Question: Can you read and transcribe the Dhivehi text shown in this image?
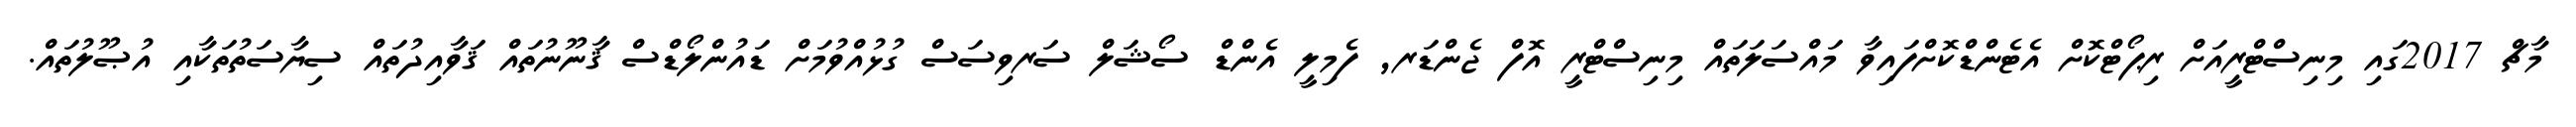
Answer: މާޗް 2017ގައި މިނިސްޓްރީއަށް ރިޕޯޓްކޮށް އެޓެންޑްކޮށްފައިވާ މައްސަލަތައް މިނިސްޓްރީ އޮފް ޖެންޑަރ, ފެމިލީ އެންޑް ސޯޝަލް ސަރވިސަސް ގުޅުއްވުމަށް ޑައުންލޯޑްސް ޤާނޫނުތައް ޤަވާއިދުތައް ސިޔާސަތުތަކާއި އުޞޫލުތައް.